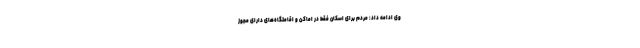
وی ادامه داد: مردم برای اسکان فقط در اماکن و اقامتگاه‌های دارای مجوز